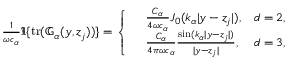
\begin{array} { r } { \frac { 1 } { \omega c _ { \alpha } } \Im \{ \mathrm { t r } ( \mathbb { G } _ { \alpha } ( y , z _ { j } ) ) \} = \left\{ \begin{array} { r l r } & { \frac { C _ { \alpha } } { 4 \omega c _ { \alpha } } J _ { 0 } ( k _ { \alpha } | y - z _ { j } | ) , } & { d = 2 , } \\ & { \frac { C _ { \alpha } } { { 4 \pi } \omega c _ { \alpha } } \frac { \sin ( k _ { \alpha } | y - z _ { j } | ) } { | y - z _ { j } | } , } & { d = 3 , } \end{array} \right. } \end{array}